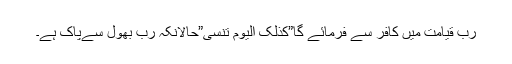
رب قیامت میں کافر سے فرمائے گا”کَذٰلِکَ الْیَوْمَ تُنۡسٰی”حالانکہ رب بھول سےپاک ہے۔